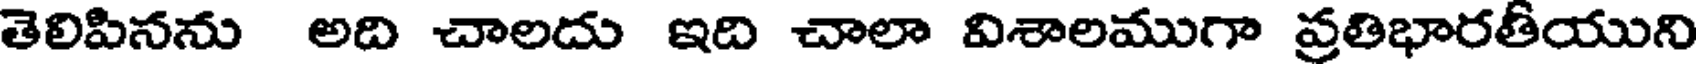
తెలిపినను అది చాలదు ఇది చాలా విశాలముగా ప్రతిభారతీయుని